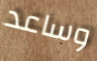
وساعد